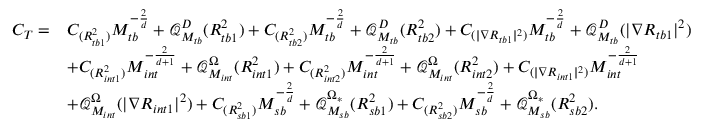
\begin{array} { r l } { C _ { T } = } & { C _ { ( { R _ { t b 1 } ^ { 2 } } ) } M _ { t b } ^ { - \frac { 2 } { d } } + \mathcal { Q } _ { M _ { t b } } ^ { D } ( R _ { t b 1 } ^ { 2 } ) + C _ { ( { R _ { t b 2 } ^ { 2 } } ) } M _ { t b } ^ { - \frac { 2 } { d } } + \mathcal { Q } _ { M _ { t b } } ^ { D } ( R _ { t b 2 } ^ { 2 } ) + C _ { ( | \nabla R _ { t b 1 } | ^ { 2 } ) } M _ { t b } ^ { - \frac { 2 } { d } } + \mathcal { Q } _ { M _ { t b } } ^ { D } ( | \nabla R _ { t b 1 } | ^ { 2 } ) } \\ & { + C _ { ( { R _ { i n t 1 } ^ { 2 } } ) } M _ { i n t } ^ { - \frac { 2 } { d + 1 } } + \mathcal { Q } _ { M _ { i n t } } ^ { \Omega } ( R _ { i n t 1 } ^ { 2 } ) + C _ { ( R _ { i n t 2 } ^ { 2 } ) } M _ { i n t } ^ { - \frac { 2 } { d + 1 } } + \mathcal { Q } _ { M _ { i n t } } ^ { \Omega } ( R _ { i n t 2 } ^ { 2 } ) + C _ { ( | \nabla R _ { i n t 1 } | ^ { 2 } ) } M _ { i n t } ^ { - \frac { 2 } { d + 1 } } } \\ & { + \mathcal { Q } _ { M _ { i n t } } ^ { \Omega } ( | \nabla R _ { i n t 1 } | ^ { 2 } ) + C _ { ( { R _ { s b 1 } ^ { 2 } } ) } M _ { s b } ^ { - \frac { 2 } { d } } + \mathcal { Q } _ { M _ { s b } } ^ { \Omega _ { * } } ( R _ { s b 1 } ^ { 2 } ) + C _ { ( { R _ { s b 2 } ^ { 2 } } ) } M _ { s b } ^ { - \frac { 2 } { d } } + \mathcal { Q } _ { M _ { s b } } ^ { \Omega _ { * } } ( R _ { s b 2 } ^ { 2 } ) . } \end{array}